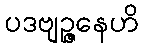
ပဒဗျဉ္ဇနေဟိ